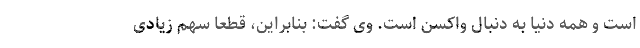
است و همه دنیا به دنبال واکسن است. وی گفت: بنابراین، قطعاً سهم زیادی